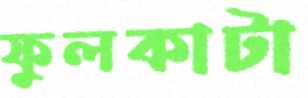
ফুলকাটা